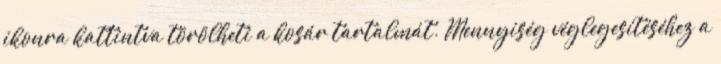
ikonra kattintva törölheti a kosár tartalmát. Mennyiség véglegesítéséhez a